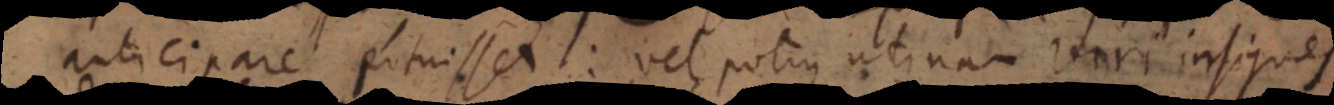
anticipare potuisset: vel potius utinam viri insignes